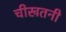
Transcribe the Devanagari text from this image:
चीखतनी